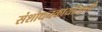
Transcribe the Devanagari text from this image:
संशोधनकार्यासाठी